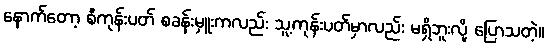
နောက်တော့ စီကုန်းပတ် စခန်းမှူးကလည်း သူ့ကုန်းပတ်မှာလည်း မရှိဘူးလို့ ပြောသတဲ့။